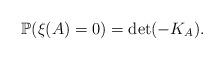
LaTeX: \begin{align*}&\mathbb{P}(\xi(A)=0)=\det ( -K_A).\end{align*}